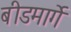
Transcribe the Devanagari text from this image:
बीडमार्गे